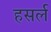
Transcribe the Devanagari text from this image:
हसर्ल